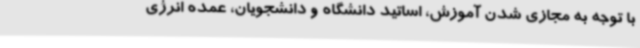
با توجه به مجازی شدن آموزش، اساتید دانشگاه و دانشجویان، عمده انرژی